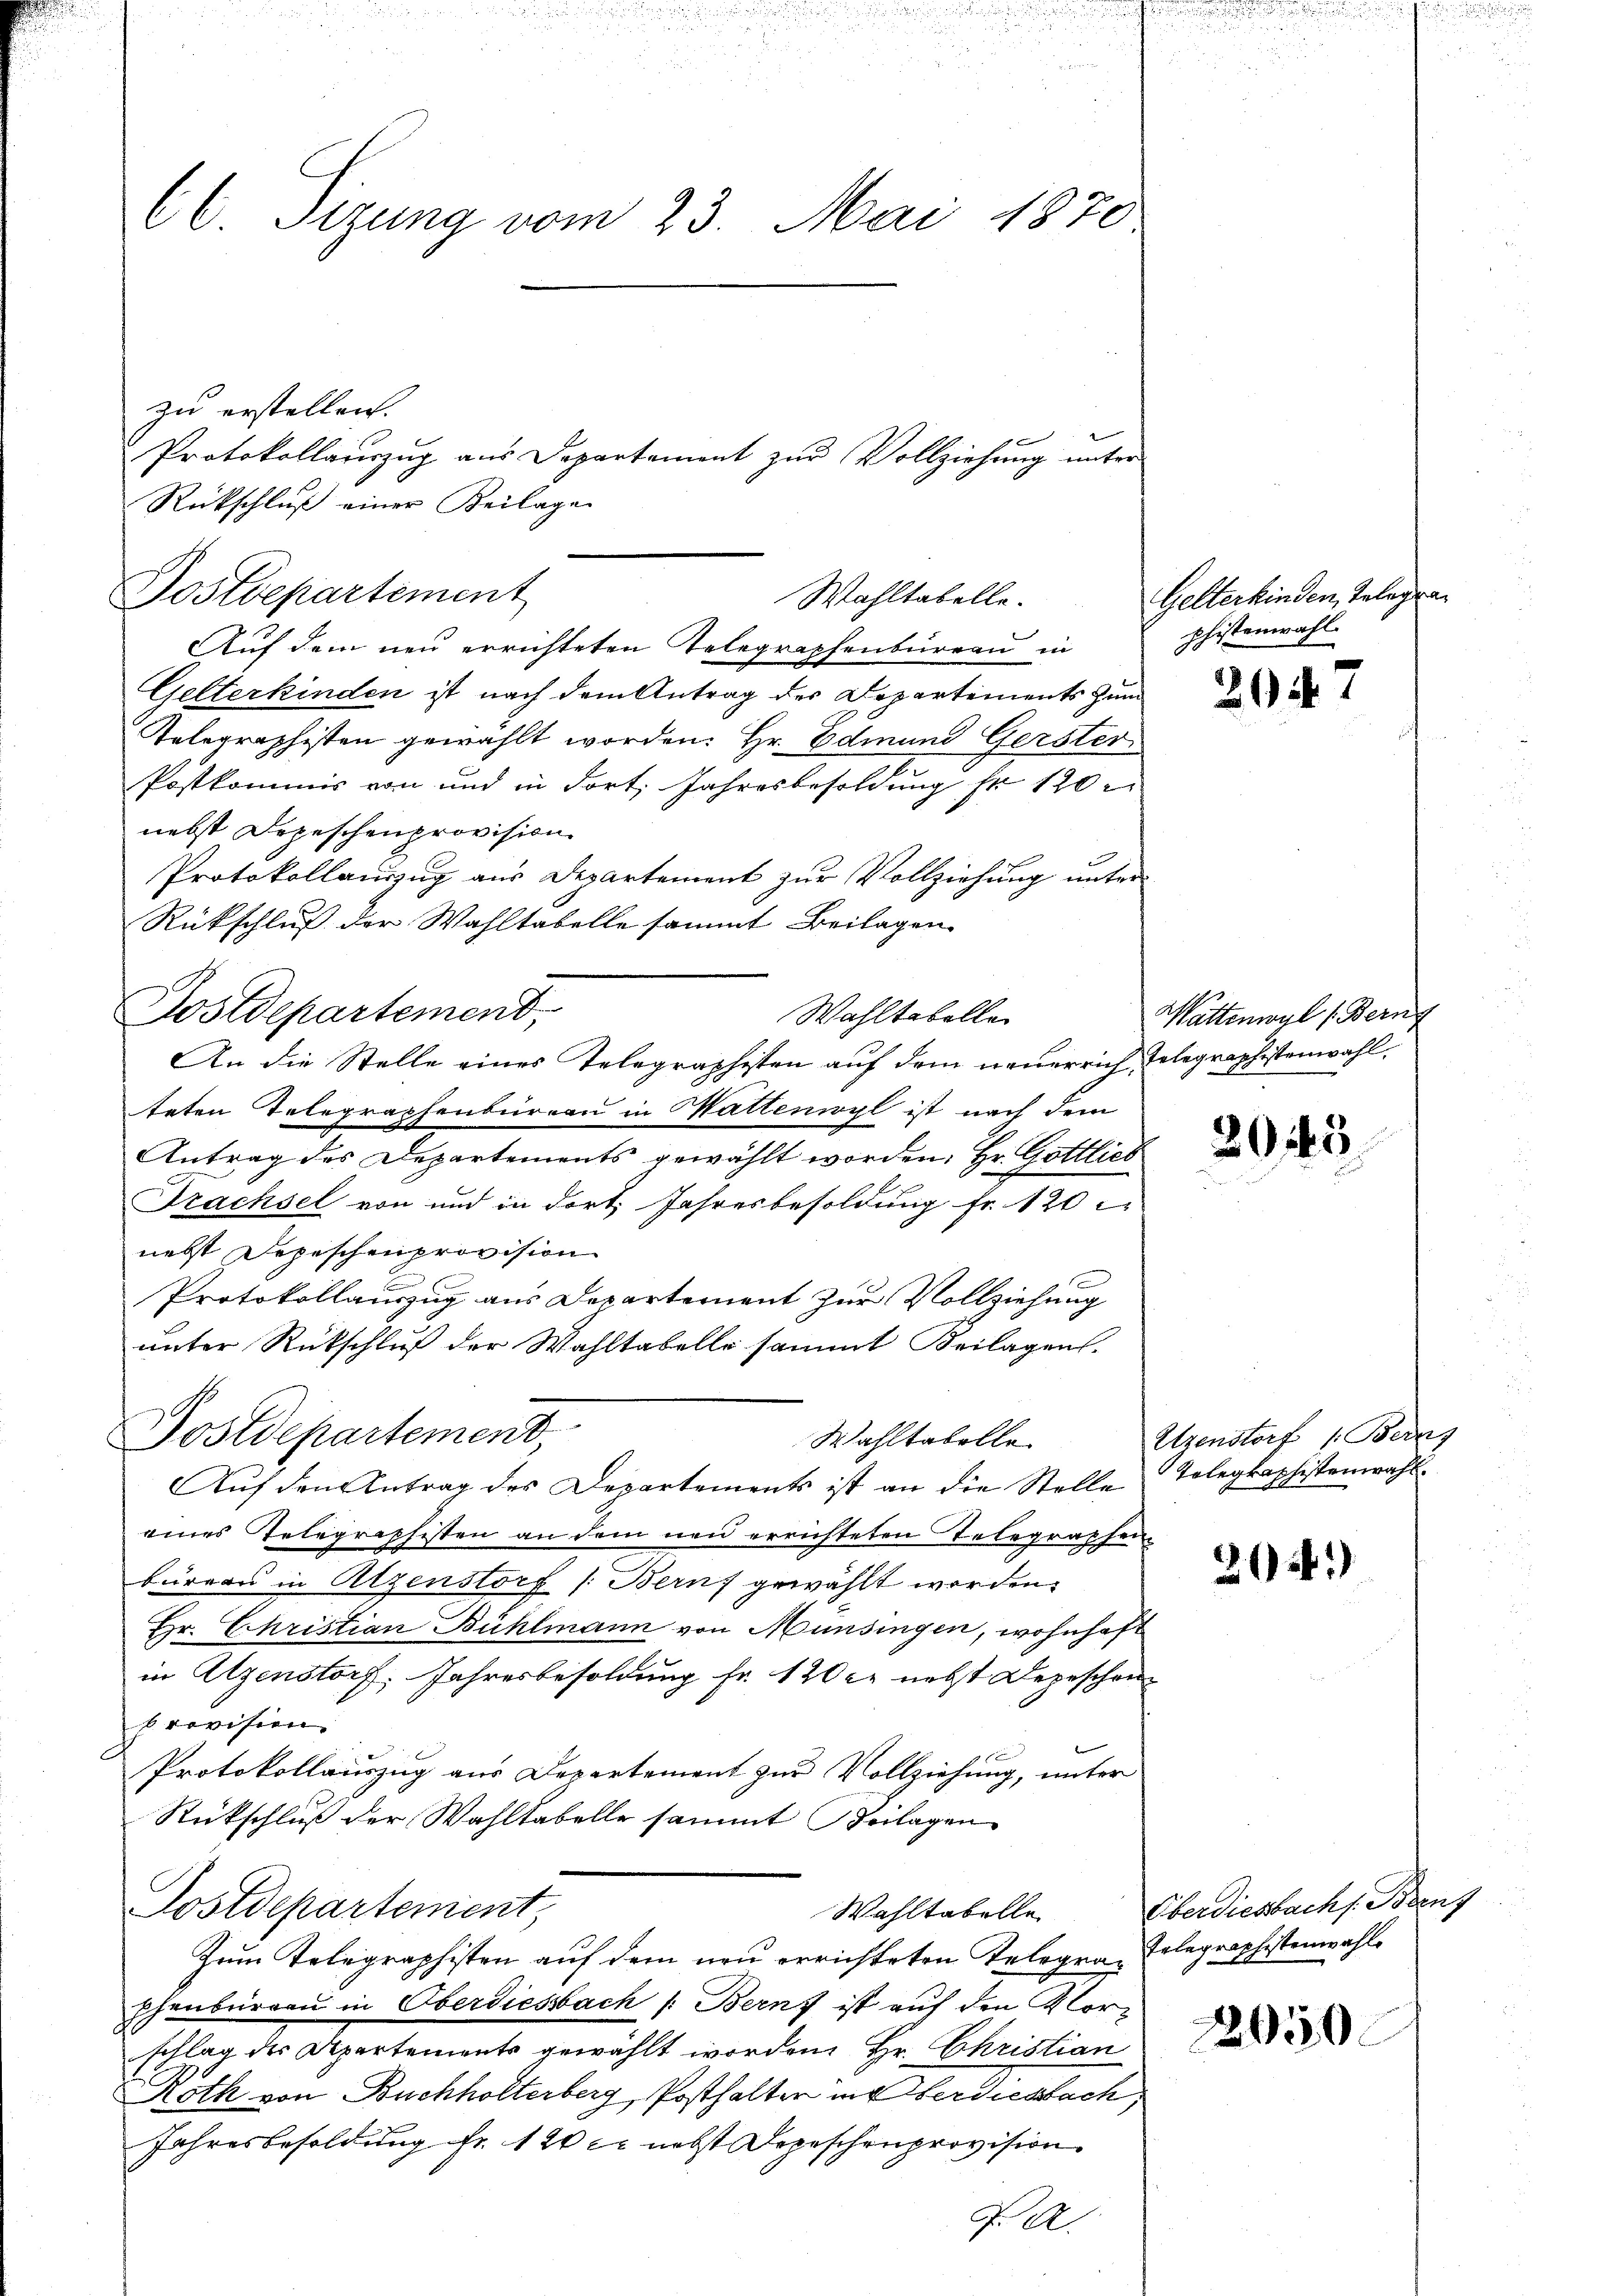
E Sizung vom 23. Mai 1870

zu erstellen.
Rückschluß einer Beilage
Auf dem neu errichteten Telegraphenbureau in
Gelterkinden ist nach dem Antrag der Departements zum
Telegraphisten gewählt worden. Hr. Edmund Gerster
Postkommis von und in dort Jahresbesoldung fr 120
nebst Depeschenprovision.
Protokollauszug aus Departement zur Vollziehung unter
Rückschluß der Wahltabelle sammt Beilagen.
Wahltabelle
teten Telegraphenbureau in Wattenwyl ist nach dem
Antrag des Departements gewählt worden. Hr. Gottlies
Trachsel von und in dort Jahresbesoldung fr. 120
nebst Depeschenprovision
Protokollauszug aus Departement zur Vollziehung
unter Rückschluß der Wahltabelle sammt Beilagen.
Postdepartement
Wahltabelle
Auf den Antrag des Departements ist an die Stelle Tolegraphistenwahl.
eines Telegraphisten an dem neu errichteten Telegraphen-
büreau in Atzenstorf (Berns gewählt worden.
Hr. Christian Bühlmann von Münsingen, wohnhaf
in Atzenstorf: Jahresbesoldung Fr. 120 er nebst Depeschon
provision.
Protokollauszug aus Departement zur Vollziehung, unter
Rückschluß der Wahltabelle sammt Beilagen
Postdepartement,
Wahltabelle
Zum Telegraphisten auf dem neu errichteten Telegra-Erlagraphistenwahle
phenbureau in Oberdiesbach /: Bern ist auf den Klorschlag des Departements gewählt worden. Hr. Christian
Roth von Buchholterberg, Posthalten in Oberdiesbach,
Jahresbesoldung fr. 120 er nebst Depeschenprovision.

Postdepartement

Postdepartement,

Protokollauszug aus Departement zur Vollziehung unter

An die Stelle eines Telegraphisten auf dem neuerrich Telegraphistenwahl,

Wahltabelle.

F. A.

Gelterkinden, Telegraphistenwahl.

2047

Wattenwyl (Bern

2043

Uzenstorf 1. Berns

29)

Oberdiesbach s. Brenz

2650.